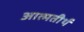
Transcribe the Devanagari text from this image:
आत्मतीर्थ